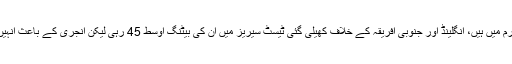
مچل مارش آسٹریلوی ٹیم میں واپسی کے بعد بھرپور فارم میں ہیں، انگلینڈ اور جنوبی افریقہ کے خلاف کھیلی گئی ٹیسٹ سیریز میں ان کی بیٹنگ اوسط 45 رہی لیکن انجری کے باعث انہیں ایک مرتبہ پھر کرکٹ میدانوں سے دور رہنا پڑے گا۔